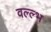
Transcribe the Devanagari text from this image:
वल्ल्भ